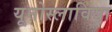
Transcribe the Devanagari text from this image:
यूनोस्लाविया